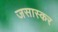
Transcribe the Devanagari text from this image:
जसास्कर